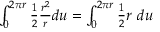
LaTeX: \begin{array} { r } { \int _ { 0 } ^ { 2 \pi r } { \frac { 1 } { 2 } } { \frac { r ^ { 2 } } { r } } d u = \int _ { 0 } ^ { 2 \pi r } { \frac { 1 } { 2 } } r \ d u } \end{array}